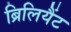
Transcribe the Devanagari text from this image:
ब्रिलियैंट